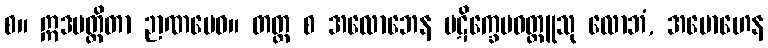
စ။ ဣဒမတ္ထိတာ ဉာဏမေဝ။ တတ္ထ စ အလောဘေန ပဋိက္ခေပဝတ္ထူသု လောဘံ, အမောဟေန